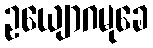
ဥယျောဂမုခေ